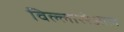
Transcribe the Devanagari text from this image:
विल्लाररेआल